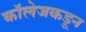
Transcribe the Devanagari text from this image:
कॉलेजकडून